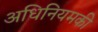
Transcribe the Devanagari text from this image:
अधिनियमकी